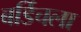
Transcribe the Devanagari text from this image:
बर्डिचला